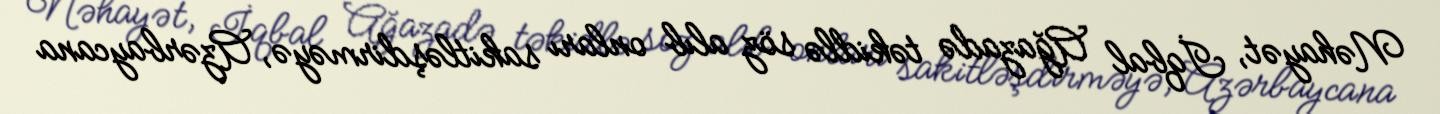
Nəhayət, İqbal Ağazadə təkidlə söz alıb onları sakitləşdirməyə, Azərbaycana